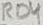
Text: RD4